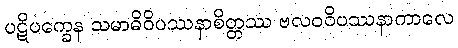
ပဋိပက္ခေန သမာဓိဝိပဿနာစိတ္တဿ ဗလဝဝိပဿနာကာလေ